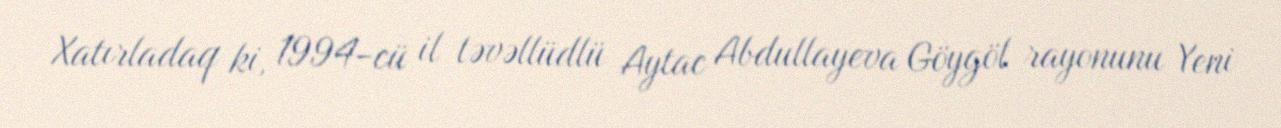
Xatırladaq ki, 1994-cü il təvəllüdlü Aytac Abdullayeva Göygöl rayonunu Yeni